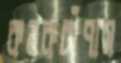
কনকচাঁপায়